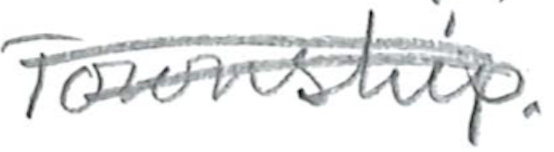
Text: Township.
Cross-out: double-line
Writing tool: pencil